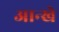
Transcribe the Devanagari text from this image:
आन्खे